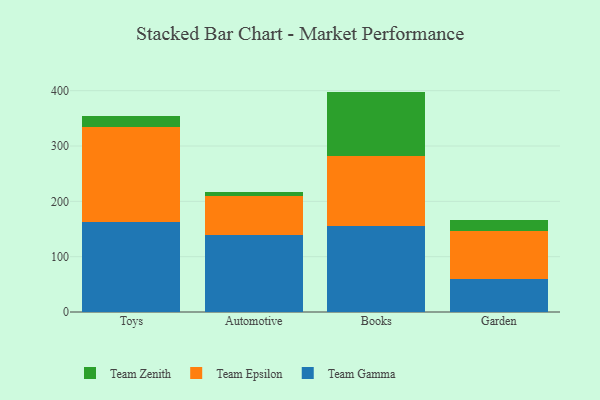
{"axis": {"x": "Category", "y": "Latency (ms)"}, "legend": ["Team Epsilon", "Team Gamma", "Team Zenith"], "data": [{"x": "Toys", "y": 162.4, "type": "Team Gamma"}, {"x": "Toys", "y": 172.3, "type": "Team Epsilon"}, {"x": "Toys", "y": 18.7, "type": "Team Zenith"}, {"x": "Automotive", "y": 139.5, "type": "Team Gamma"}, {"x": "Automotive", "y": 69.8, "type": "Team Epsilon"}, {"x": "Automotive", "y": 7.9, "type": "Team Zenith"}, {"x": "Books", "y": 155.5, "type": "Team Gamma"}, {"x": "Books", "y": 126.3, "type": "Team Epsilon"}, {"x": "Books", "y": 116.5, "type": "Team Zenith"}, {"x": "Garden", "y": 59.4, "type": "Team Gamma"}, {"x": "Garden", "y": 87.0, "type": "Team Epsilon"}, {"x": "Garden", "y": 20.3, "type": "Team Zenith"}]}